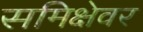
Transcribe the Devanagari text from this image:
समिक्षेवर